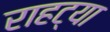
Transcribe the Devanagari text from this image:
राहट्या